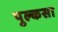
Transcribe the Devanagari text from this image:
पुल्कसा